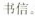
书信。